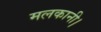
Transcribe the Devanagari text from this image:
मलकानी।